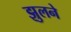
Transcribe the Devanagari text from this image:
झुलने